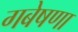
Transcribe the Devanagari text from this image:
गबेषणा